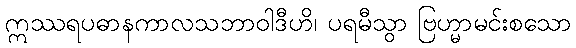
ဣဿရပဓာနကာလသဘာဝါဒီဟိ၊ ပရမီသွာ ဗြဟ္မာမင်းစသော